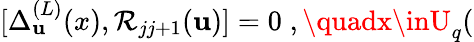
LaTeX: \lbrack\Delta_{\mathbf{u}}^{(L)}(x),\mathcal{{R}}_{jj+1}(\mathbf{u})]=0\; ,\quadx\inU_{q}(